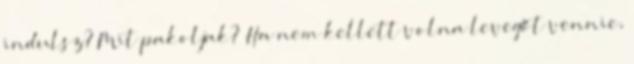
indulsz? Mit pakoljak? Ha nem kellett volna levegőt vennie,